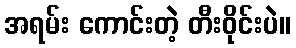
အရမ်း ကောင်းတဲ့ တီးဝိုင်းပဲ။